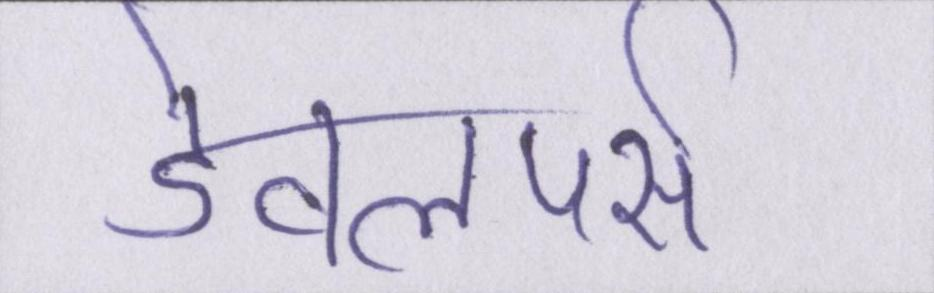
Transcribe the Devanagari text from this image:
डेवलपर्स